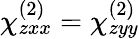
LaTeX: \chi_{zxx}^{(2)}=\chi_{zyy}^{(2)}